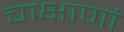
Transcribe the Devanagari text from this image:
चाक्षाणां